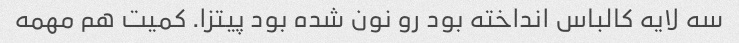
سه لایه کالباس انداخته بود رو نون شده بود پیتزا. کمیت هم مهمه